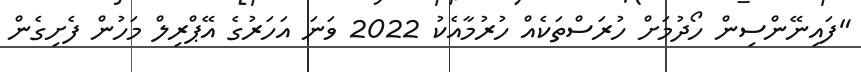
"ފައިނޭންސިން ހޯދުމަށް ހުރަސްތަކެއް ހުރުމާއެކު 2022 ވަނަ އަހަރުގެ އޭޕްރިލް މަހުން ފެށިގެން